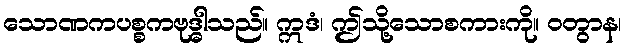
သောဏကပစ္စကဗုဒ္ဓါသည်။ ဣဒံ၊ ဤသို့သောစကားကို။ ဝတွာန၊